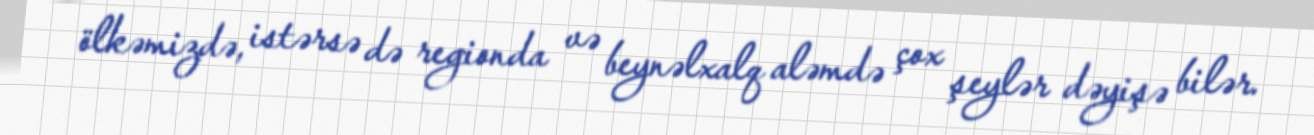
ölkəmizdə, istərsə də regionda və beynəlxalq aləmdə çox şeylər dəyişə bilər.